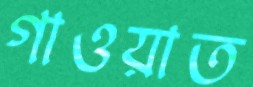
গাওয়াত